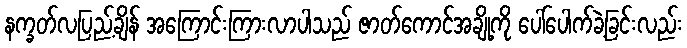
နက္ခတ်လပြည့်ချိန် အကြောင်းကြားလာပါသည် ဇာတ်ကောင်အချို့ကို ပေါ်ပေါက်ခဲ့ခြင်းလည်း